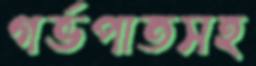
গর্ভপাতসহ